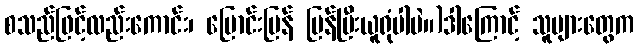
စသည်ဖြင့်လည်းကောင်း၊ ပြောင်းပြန် ပြန်ပြီးယူရုံပါပဲ။)ဒါကြောင့် သူများတွေက